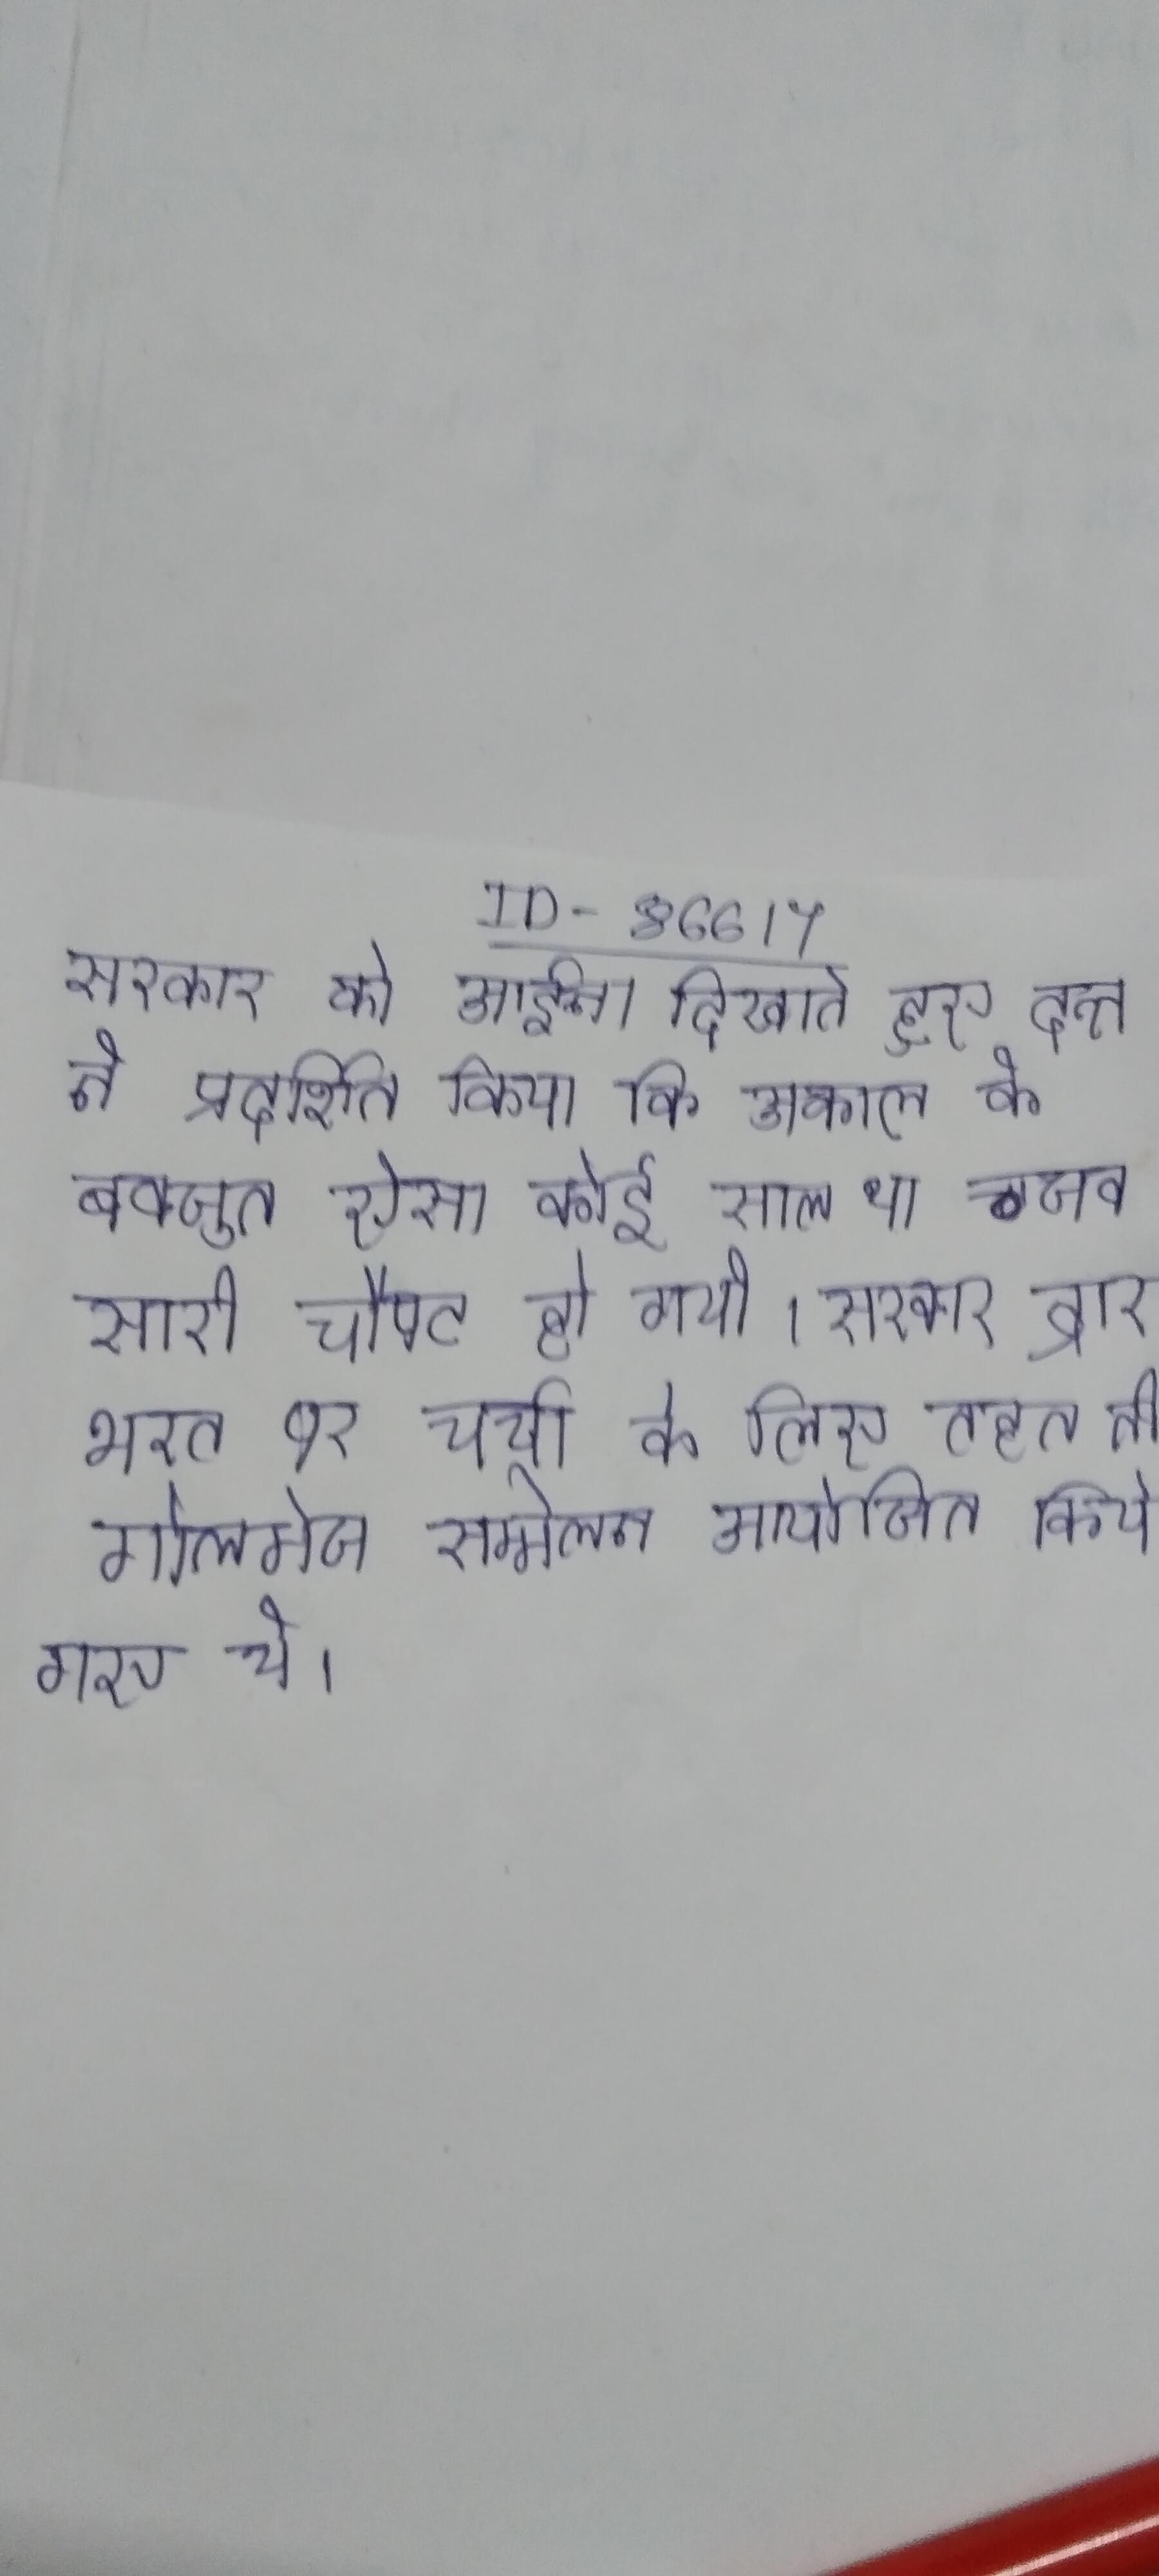
सरकार को आईना दिखाते हुए दत्त ने प्रदर्शित किया कि अकाल के बावजूद ऐसा कोई साल था जब सारी चौपट हो गयी । सरकार द्वारा भारत पर चर्चा के लिए के बीच की एक के तहत तीन गोलमेज सम्मेलन आयोजित किये गए थे ।